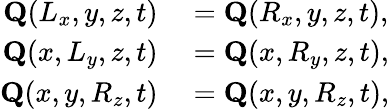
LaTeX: \begin{array}{rl}{\textbf{Q}(L_{x},y,z,t)}&{{}=\textbf{Q}(R_{x},y,z,t),}\\ {\textbf{Q}(x,L_{y},z,t)}&{{}=\textbf{Q}(x,R_{y},z,t),}\\ {\textbf{Q}(x,y,R_{z},t)}&{{}=\textbf{Q}(x,y,R_{z},t),}\end{array}